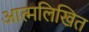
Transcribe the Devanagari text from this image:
आत्मलिखित